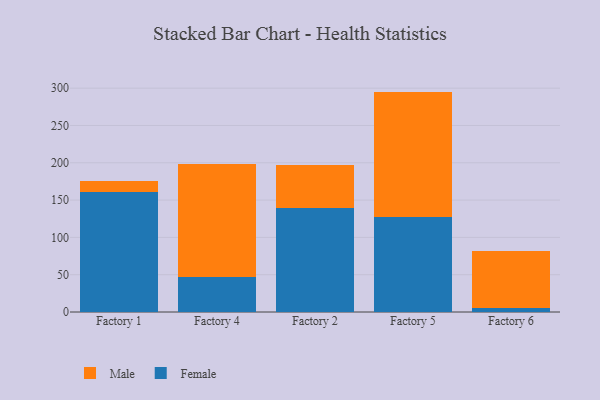
{"axis": {"x": "Factory", "y": "Shipments"}, "legend": ["Female", "Male"], "data": [{"x": "Factory 1", "y": 160.2, "type": "Female"}, {"x": "Factory 1", "y": 15.9, "type": "Male"}, {"x": "Factory 4", "y": 47.5, "type": "Female"}, {"x": "Factory 4", "y": 150.2, "type": "Male"}, {"x": "Factory 2", "y": 139.9, "type": "Female"}, {"x": "Factory 2", "y": 57.3, "type": "Male"}, {"x": "Factory 5", "y": 126.7, "type": "Female"}, {"x": "Factory 5", "y": 168.7, "type": "Male"}, {"x": "Factory 6", "y": 5.7, "type": "Female"}, {"x": "Factory 6", "y": 75.7, "type": "Male"}]}